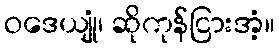
ဝဒေယျုံ၊ ဆိုကုန်ငြားအံ့။